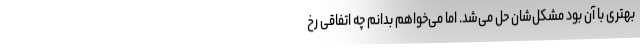
بهتری با آن بود مشکل‌شان حل می‌شد. اما می‌خواهم بدانم چه اتفاقی رخ